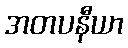
အတပနီယာ